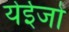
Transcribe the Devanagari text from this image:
येईजो